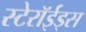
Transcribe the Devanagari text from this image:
स्टेरॉईड्स